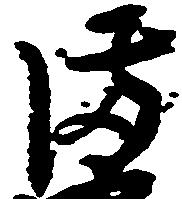
備